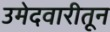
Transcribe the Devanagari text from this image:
उमेदवारीतून